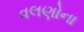
વલણોના